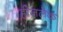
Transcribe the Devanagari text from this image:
हीजलेक